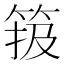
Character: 𥮁